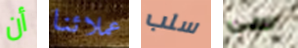
أن عملائنا سلب سي